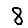
Digit: 8